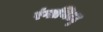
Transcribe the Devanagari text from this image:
रंगाथिटटु